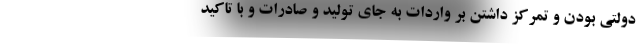
دولتی بودن و تمرکز داشتن بر واردات به جای تولید و صادرات و با تاکید